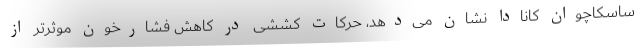
ساسکاچوان کانادا نشان می‌دهد، حرکات کششی در کاهش فشارخون موثرتر از